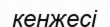
кенжесі